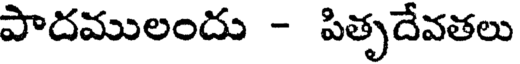
పాదములందు - పితృదేవతలు